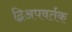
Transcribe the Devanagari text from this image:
द्विअपवर्तक